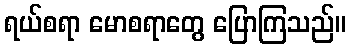
ရယ်စရာ မောစရာတွေ ပြောကြသည်။